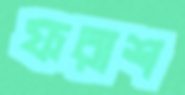
ফরাশ